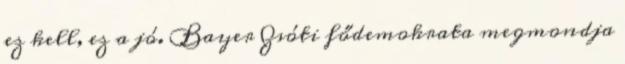
ez kell, ez a jó. Bayer Zsóti fődemokrata megmondja